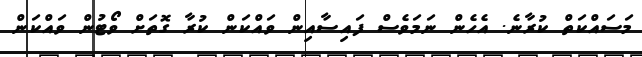
މަސައްކަތް ކުރާނެ. އެހެން ނަމަވެސް ފައިސާއިން ވައްކަން ކުރާ ގޮތަށް ވޯޓުން ވައްކަން